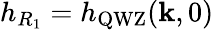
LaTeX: h_{R_{1}}=h_{\mathrm{QWZ}}(\mathbf{k},0)